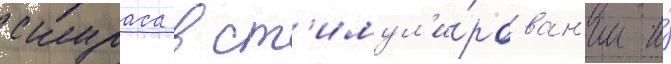
скураса в ст'имул'и́рован'ии и́